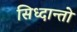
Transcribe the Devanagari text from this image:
सिध्दान्तो